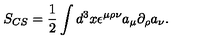
S _ { C S } = \frac { 1 } { 2 } \int d ^ { 3 } x \epsilon ^ { \mu \rho \nu } a _ { \mu } \partial _ { \rho } a _ { \nu } .